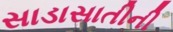
સાડાસાતીની